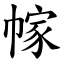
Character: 幏